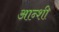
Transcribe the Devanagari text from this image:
आन्शी